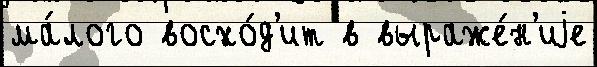
ма́лого восхо́д'ит в выраже́н'иjе